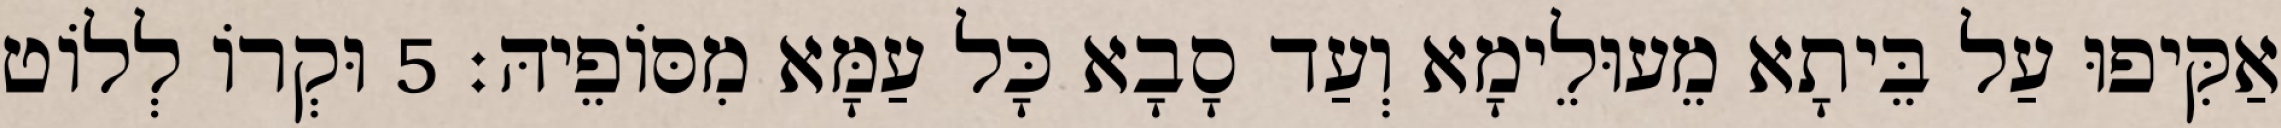
אַקִּיפוּ עַל בֵּיתָא מֵעוּלֵימָא וְעַד סָבָא כָּל עַמָּא מִסּוֹפֵיהּ׃ 5 וּקְרוֹ לְלוֹט